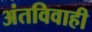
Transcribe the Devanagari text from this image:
अंतविवाही